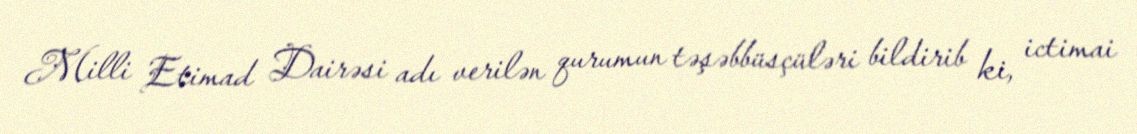
Milli Etimad Dairəsi adı verilən qurumun təşəbbüsçüləri bildirib ki, ictimai